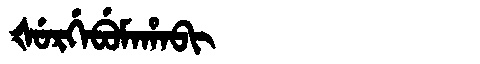
Manchu: ᡧᡠᡵᡤᡝᠪᡠᠮᠠᡥᠠᠪᡳ
Romanization: ŠURGEBUMAHABI